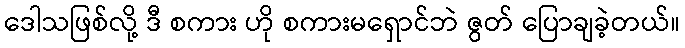
ဒေါသဖြစ်လို့ ဒီ စကား ဟို စကားမရှောင်ဘဲ ဇွတ် ပြောချခဲ့တယ်။